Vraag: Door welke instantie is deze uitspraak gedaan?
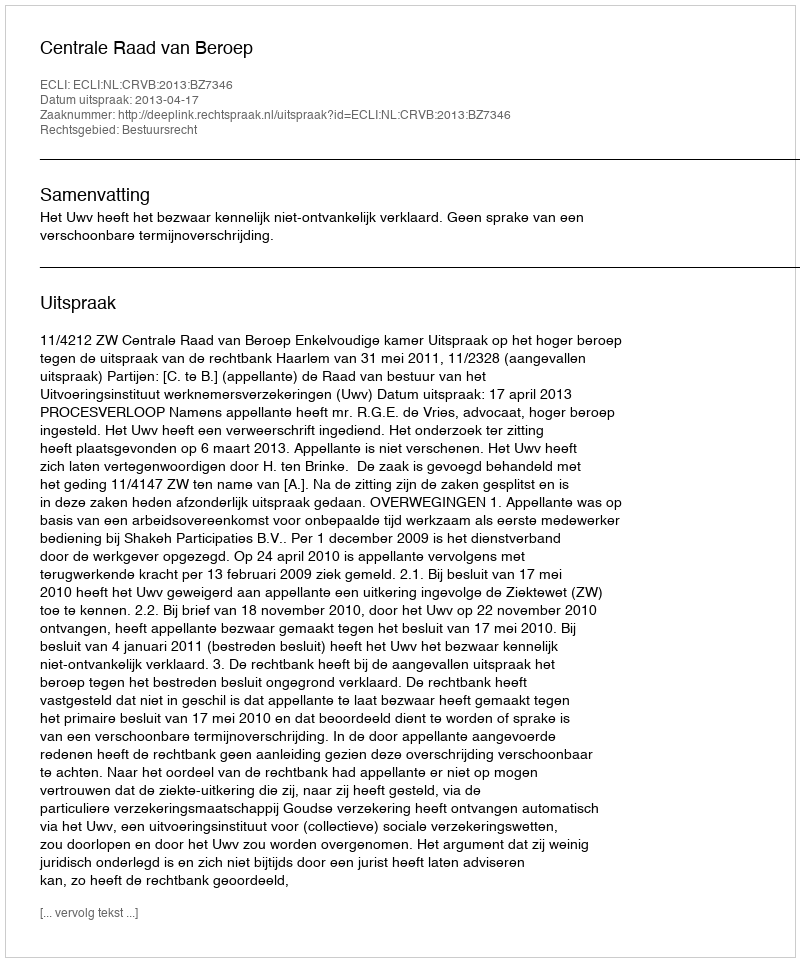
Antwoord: Centrale Raad van Beroep